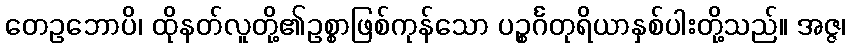
တေဥဘောပိ၊ ထိုနတ်လူတို့၏ဥစ္စာဖြစ်ကုန်သော ပဉ္စင်္ဂတုရိယာနှစ်ပါးတို့သည်။ အဇ္ဇ၊